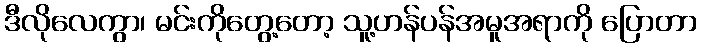
ဒီလိုလေကွာ၊ မင်းကိုတွေ့တော့ သူ့ဟန်ပန်အမူအရာကို ပြောတာ